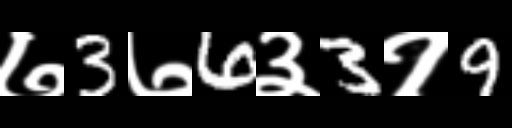
Text: ७3७6३3१9